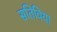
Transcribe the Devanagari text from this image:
सतिविया